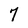
Character: 7